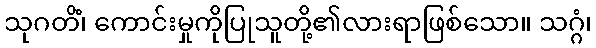
သုဂတိံ၊ ကောင်းမှုကိုပြုသူတို့၏လားရာဖြစ်သော။ သဂ္ဂံ၊